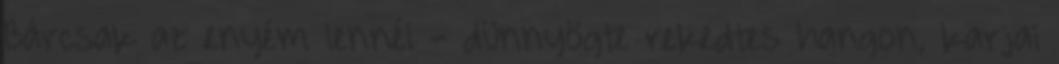
Bárcsak az enyém lennél - dünnyögte rekedtes hangon, karjai